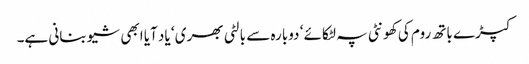
کپڑے باتھ روم کی کھونٹی پہ لٹکائے ‘ دوبارہ سے بالٹی بھری ‘ یاد آیا ابھی شیو بنانی ہے۔